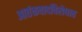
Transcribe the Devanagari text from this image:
आतंकवादविरोधात